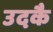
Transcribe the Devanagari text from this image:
उदकै